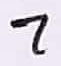
Text: 7